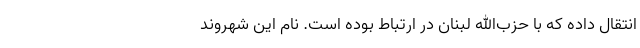
انتقال داده که با حزب‌الله لبنان در ارتباط بوده است. نام این شهروند